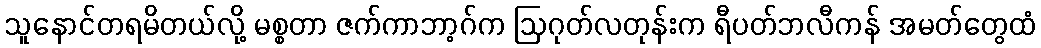
သူနောင်တရမိတယ်လို့ မစ္စတာ ဇက်ကာဘာ့ဂ်က ဩဂုတ်လတုန်းက ရီပတ်ဘလီကန် အမတ်တွေထံ